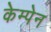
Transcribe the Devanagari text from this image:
केम्पेन